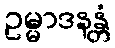
ဥမ္မာဒနန္တံ